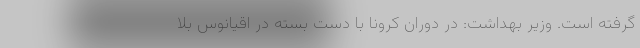
گرفته است. وزیر بهداشت: در دوران کرونا با دست بسته در اقیانوس بلا